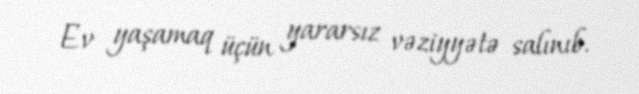
Ev yaşamaq üçün yararsız vəziyyətə salınıb.